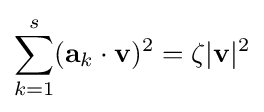
\sum _{k=1}^{s}(\mathbf {a} _{k}\cdot \mathbf {v} )^{2}=\zeta |\mathbf {v} |^{2}